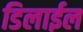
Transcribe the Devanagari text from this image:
डिलाईल